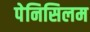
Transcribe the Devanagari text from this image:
पेनिसिलम